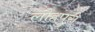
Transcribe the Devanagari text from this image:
लौहपुरी